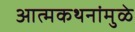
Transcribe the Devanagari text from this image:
आत्मकथनांमुळे